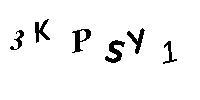
3KPSY1